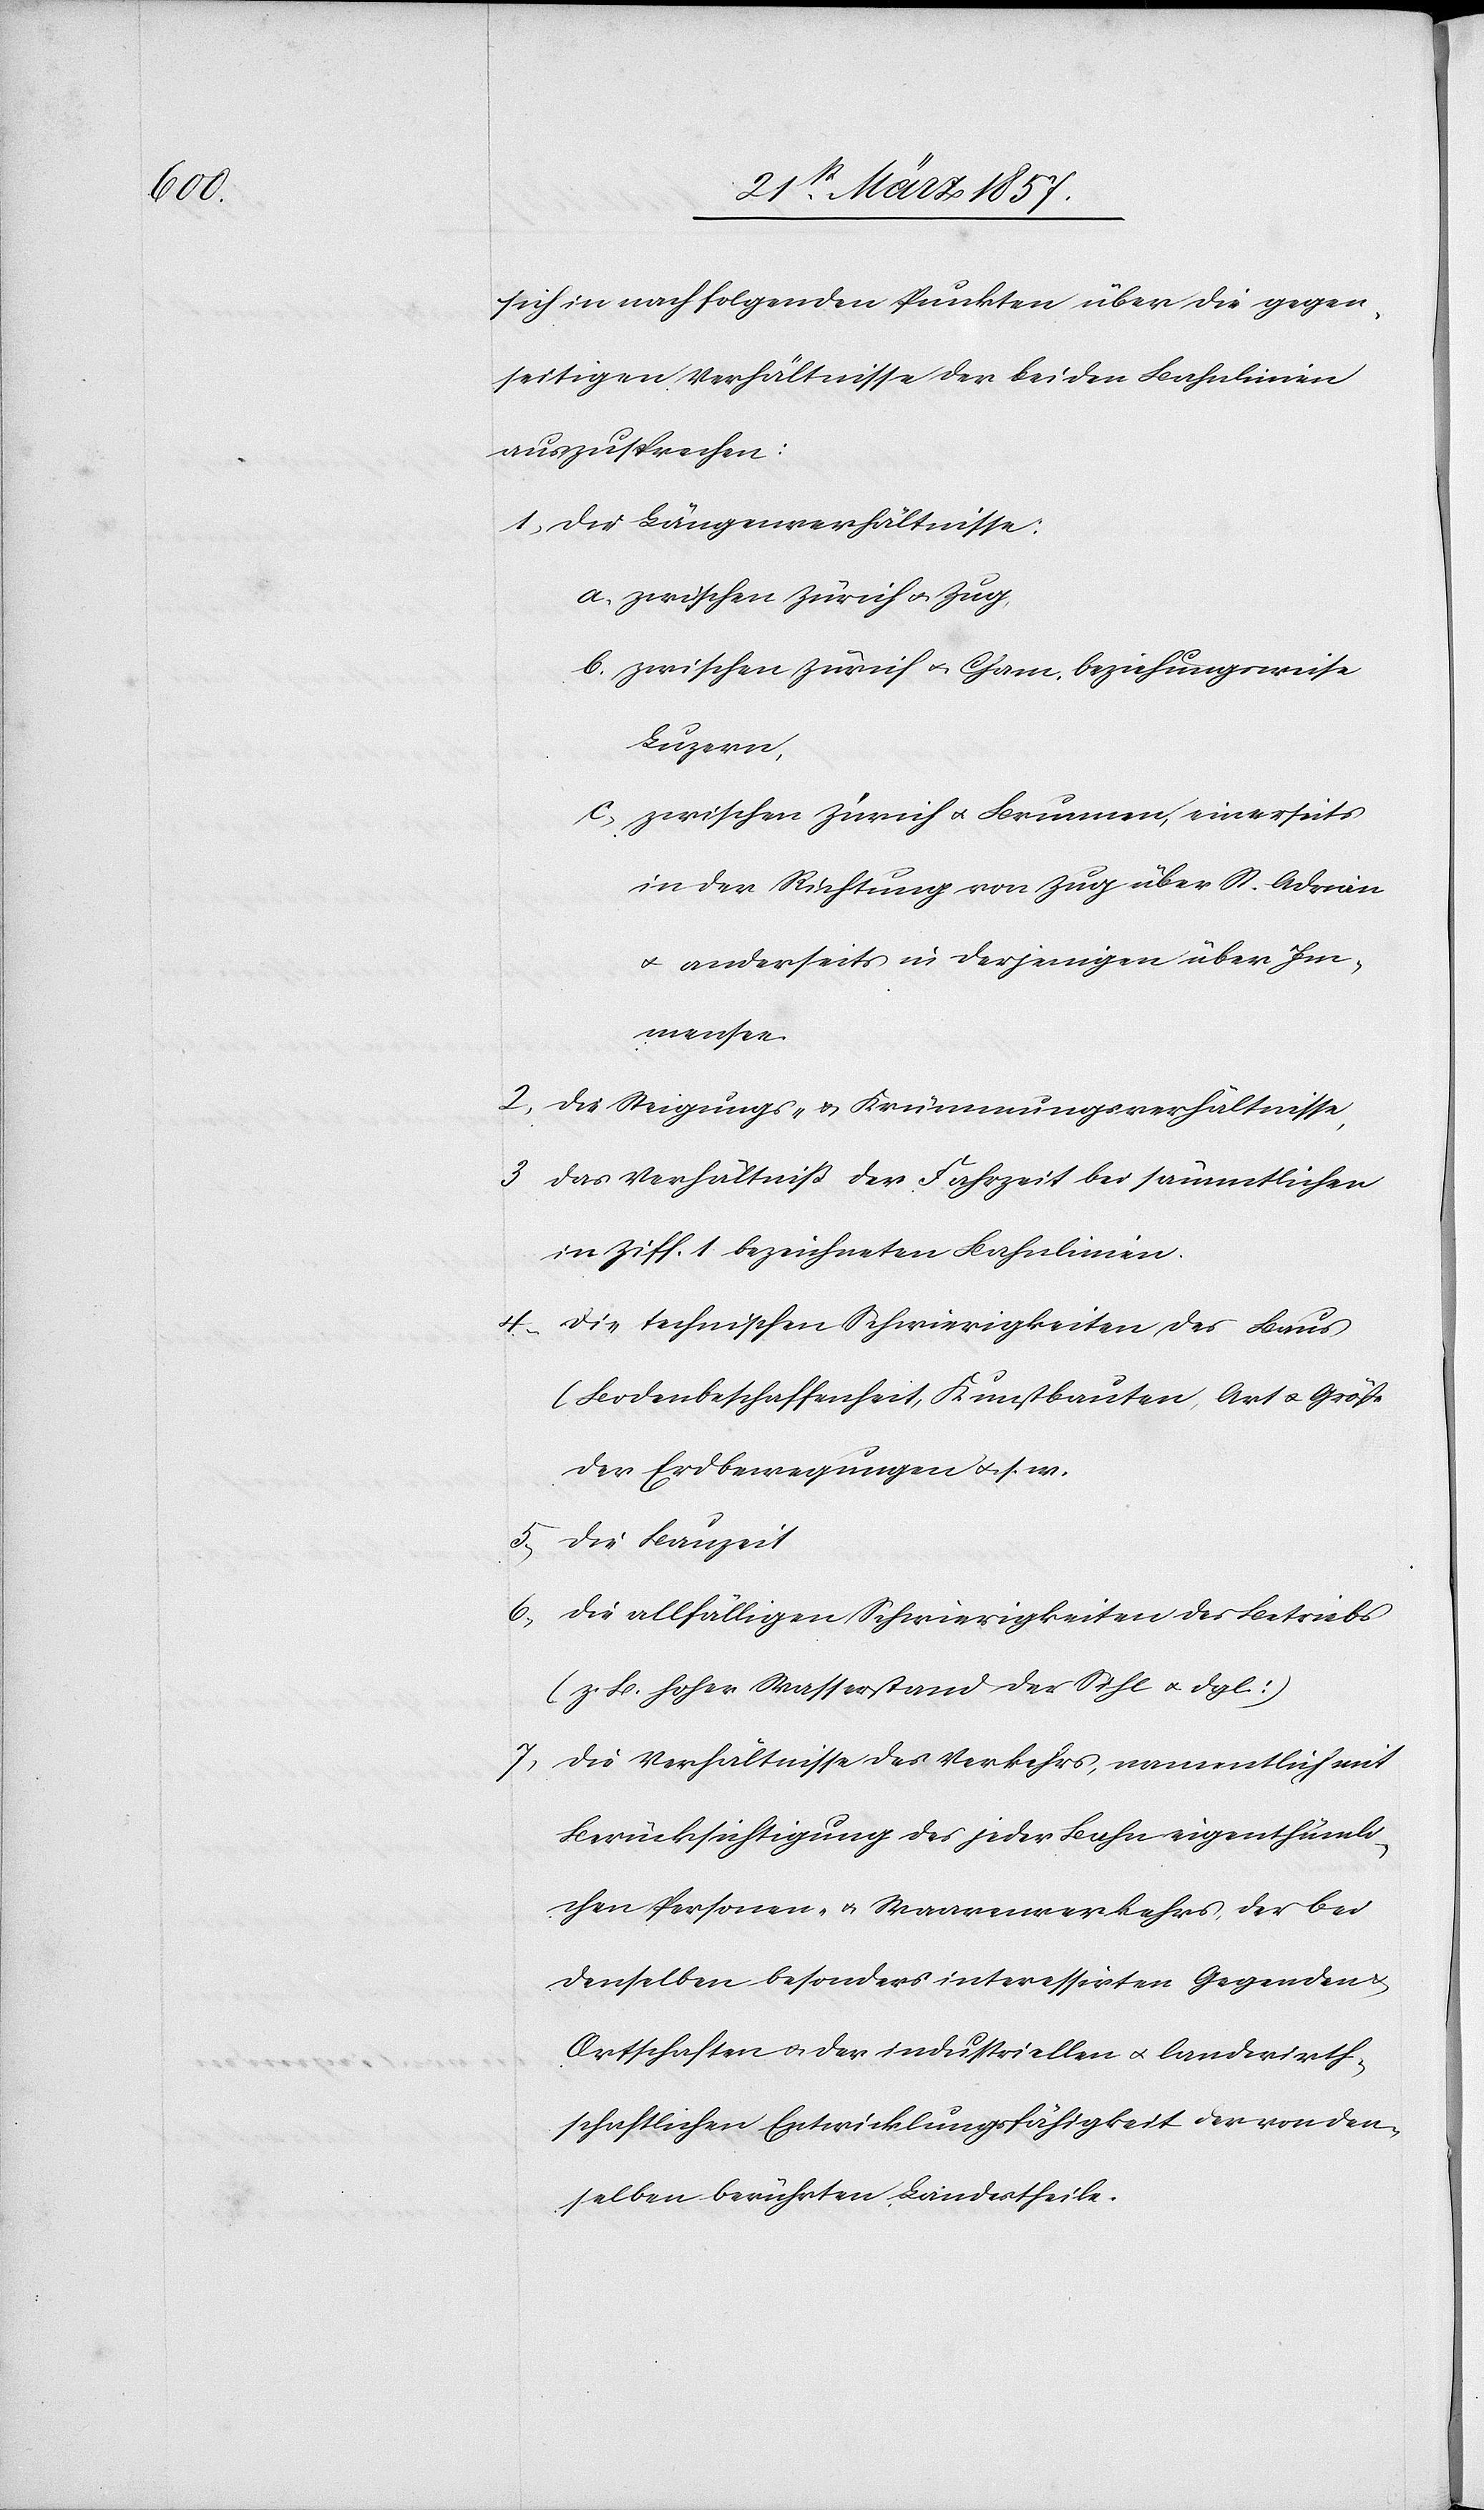
sich in nachfolgenden Punkten über die gegen¬
seitigen Verhältnisse der beiden Bahnlinien
auszusprechen:
1. Der Längenverhältnisse:
a. zwischen Zürich u. Zug
b. zwischen Zürich u. Cham, beziehungsweise
Luzern,
c. zwischen Zürich u. Brunnen, einerseits
in der Richtung von Zug über St. Adrian
u. anderseits in derjenigen über Im¬
mensee.
2. die Steigungs- u. Krümmungsverhältnisse,
3. das Verhältniß der Fahrzeit bei sämmtlichen
in Ziff. 1. bezeichneten Bahnlinien.
4. die technischen Schwierigkeiten des Baus
(Bodenbeschaffenheit, Kunstbauten, Art u. Größe
der Erdbewegungen u. s.
5. die Bauzeit
6. die allfälligen Schwierigkeiten des Betriebs
(z. B. hoher Wasserstand der Sihl u. dgl.)
7. die Verhältnisse des Verkehrs, namentlich mit
Berücksichtigung des jeder Bahn eigenthümli¬
chen Personen- u. Waarenverkehrs, der bei
denselben besonders interessirten Gegenden u.
Ortschaften u. der industriellen u. landwirth¬
schaftlichen Entwicklungsfähigkeit der von den¬
selben berührten Landestheile.